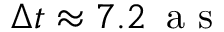
\Delta t \approx 7 . 2 \, \mathrm { ~ a ~ s ~ }